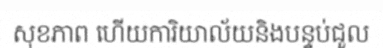
សុខភាព ហើយការិយាល័យនិងបន្ទប់ជួល